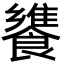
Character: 𩞠